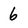
Character: 6